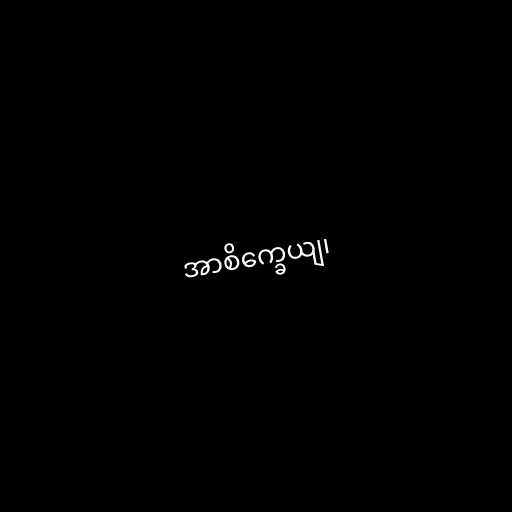
အာစိက္ခေယျ၊